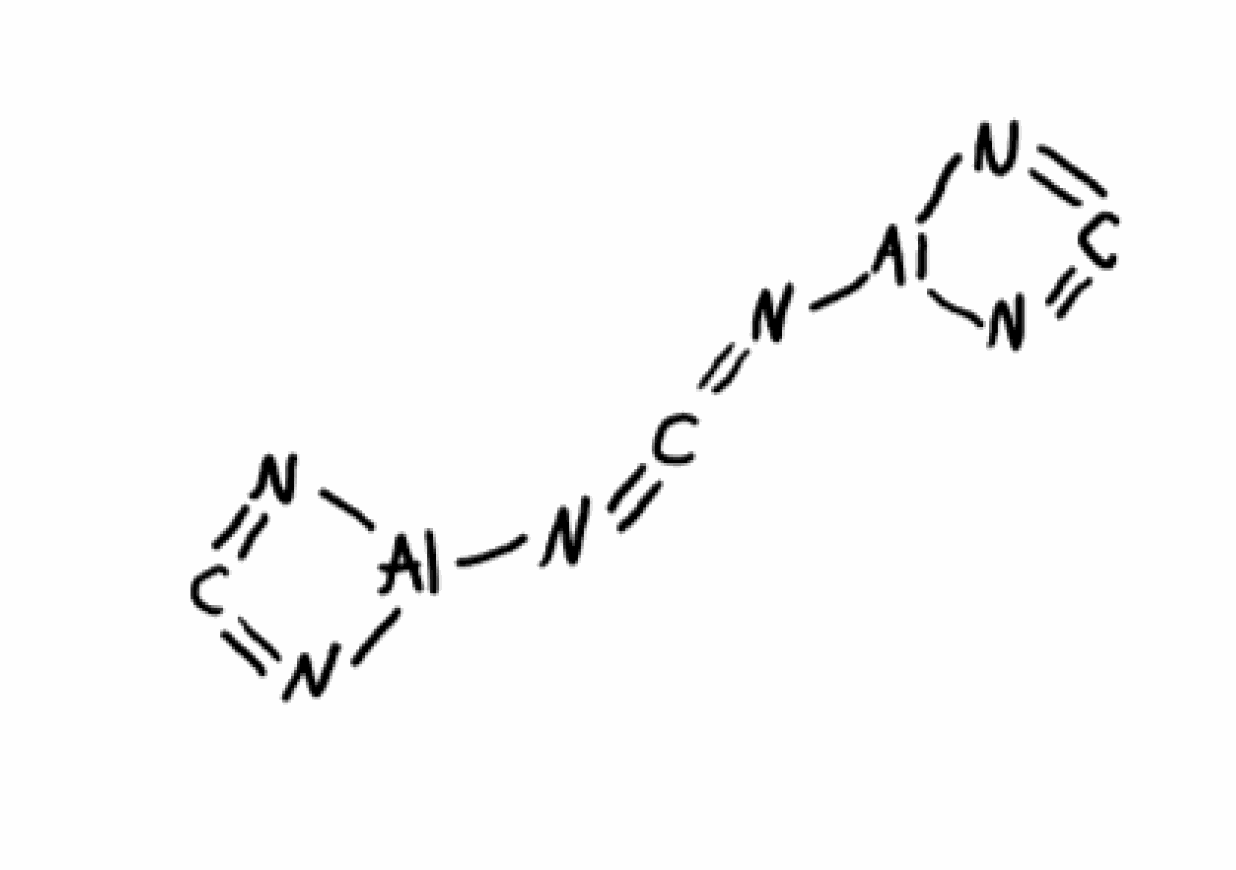
Simplified molecular-input line-entry system (SMILES) notation of the given molecule:
C=1=N[Al](N1)N=C=N[Al]2N=C=N2